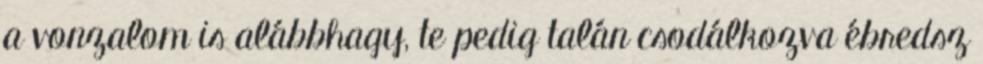
a vonzalom is alábbhagy, te pedig talán csodálkozva ébredsz